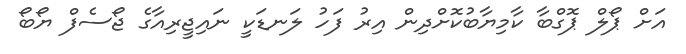
އަށް ޕޯލް ޕޮގްބާ ކާމިޔާބުކޮށްދިން އިރު ފަހު ލަނޑަކީ ނައިޖީރިއާގެ ޖޯސެފް ޔޯބޯ